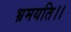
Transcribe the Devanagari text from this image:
भ्रमयति।।